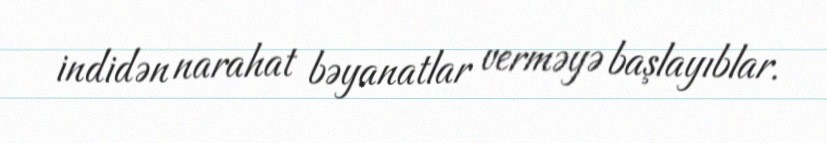
indidən narahat bəyanatlar verməyə başlayıblar.